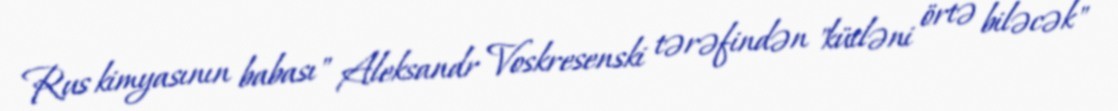
Rus kimyasının babası" Aleksandr Voskresenski tərəfindən "kütləni örtə biləcək"